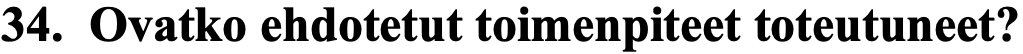
34. Ovatko ehdotetut toimenpiteet toteutuneet?